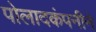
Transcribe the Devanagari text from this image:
पोलादकंपनीने